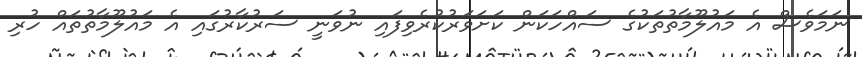
ނަމަވެސް އެ މައުލޫމާތުތަކުގެ ސައްހަކަން ކަށަވަރުކުރެވިފައި ނުވަނީ ސަރުކާރުގައި އެ މައުލޫމާތުތައް ހުރި